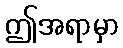
ဤအရာမှာ